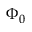
\Phi _ { 0 }